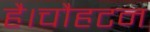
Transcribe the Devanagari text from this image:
है।चौहटन